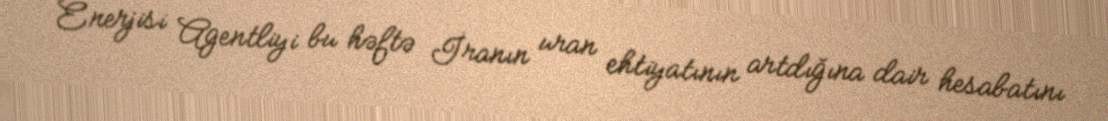
Enerjisi Agentliyi bu həftə İranın uran ehtiyatının artdığına dair hesabatını